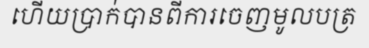
ហើយប្រាក់បានពីការចេញមូលបត្រ